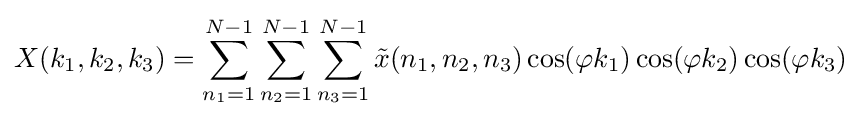
X(k_{1},k_{2},k_{3})=\sum _{n_{1}=1}^{N-1}\sum _{n_{2}=1}^{N-1}\sum _{n_{3}=1}^{N-1}{\tilde {x}}(n_{1},n_{2},n_{3})\cos(\varphi k_{1})\cos(\varphi k_{2})\cos(\varphi k_{3})